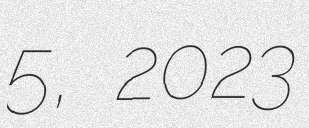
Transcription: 5, 2023